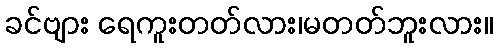
ခင်ဗျား ရေကူးတတ်လား၊မတတ်ဘူးလား။